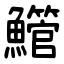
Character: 䲘